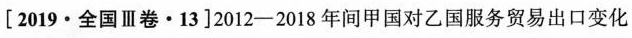
[2019·全国Ⅲ卷·13]2012-2018年间甲国对乙国服务贸易出口变化